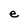
Character: e